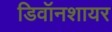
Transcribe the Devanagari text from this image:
डिवॉनशायर